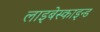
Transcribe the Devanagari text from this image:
लाइबेस्काइन्ड